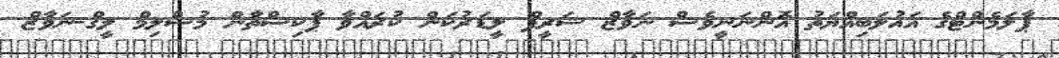
ޕާލަމެންޓްގެ އަޣުލަބިއްޔަތު އޮންނަނީވެސް ނަވާޒް ޝަރީފް ލީޑަރުކަން ކުރައްވާ ޕާކިސްތާން މުސްލިމް ލީގް-ނަވާޒް